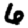
Digit: 6